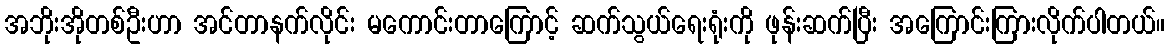
အဘိုးအိုတစ်ဦးဟာ အင်တာနက်လိုင်း မကောင်းတာကြောင့် ဆက်သွယ်ရေးရုံးကို ဖုန်းဆက်ပြီး အကြောင်းကြားလိုက်ပါတယ်။